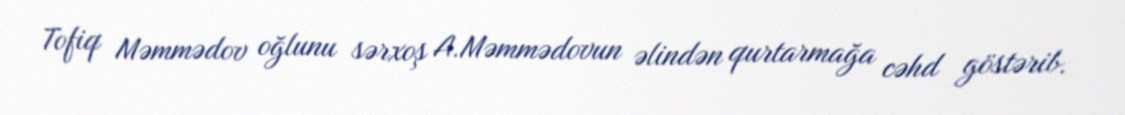
Tofiq Məmmədov oğlunu sərxoş A.Məmmədovun əlindən qurtarmağa cəhd göstərib.